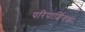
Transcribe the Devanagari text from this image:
परिपार्शिवक